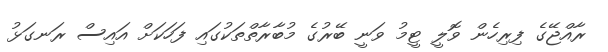
ރާއްޖޭގެ ފިރިހެން ވޮލީ ޓީމު ވަނީ ބޭރުގެ މުބާރާތްތަކުގައި ފަހަކަށް އައިސް ރަނގަޅު